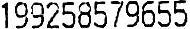
199258579655